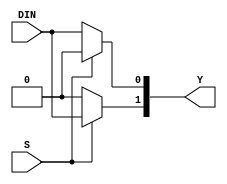
module DEMULTIPL_EXER1_2(DIN, S, Y);
    input DIN, S;
    output [1:0] Y;

    assign Y[0] = (~S) ? DIN : 1'b0;
    assign Y[1] = (S) ? DIN : 1'b0;
endmodule